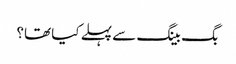
بگ بینگ سے پہلے کیا تھا؟